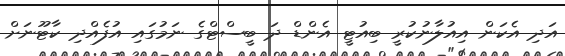
އަދި އެކަން އިއުލާނުކުރީ ބިއުޓީ އެންޑް ދަ ބީސްޓްގެ ނަމުގައި އުފެއްދި ކާޓޫނަށް